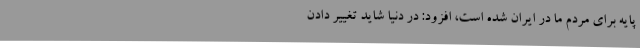
پایه برای مردم ما در ایران شده است، افزود: در دنیا شاید تغییر دادن